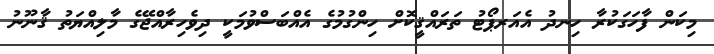
މިކަން ފާހަގަކުރާ ހިނދު އެއަރޕޯޓު ތަރައްޤީކޮށް ހިންގުމުގެ އެއްބަސްވުމަކީ ދިވެހިރާއްޖޭގެ މާލިއްޔަތު ޤާނޫނު